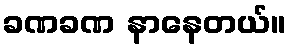
ခဏခဏ နာနေတယ်။